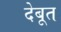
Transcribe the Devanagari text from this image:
देबूत